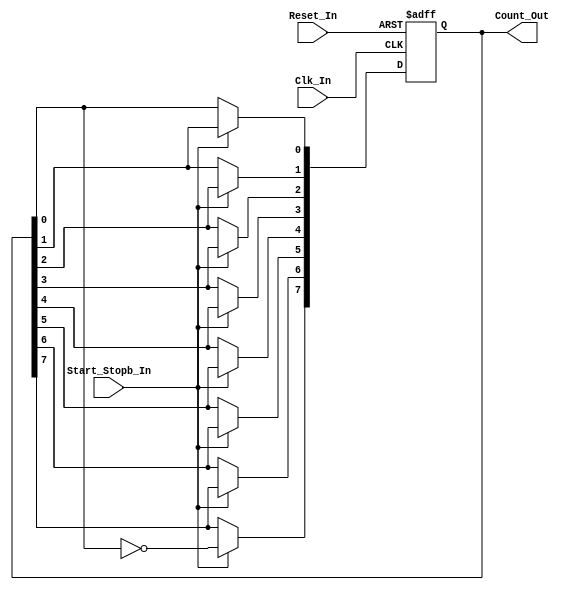
/*
Verilog Code, to implement a 8-Bit Johnson Counter.



Author : Prasad Narayan Ghatol
*/



module Johnson_Counter_8_Bit (
    input            Clk_In,
    input            Reset_In,

    input            Start_Stopb_In,
    output reg [7:0] Count_Out
);



// --------------------------------------------------
// 8-Bit Johnson Counter Logic
// --------------------------------------------------
always @ (negedge Clk_In or posedge Reset_In)
    begin
        if (Reset_In)
            begin
                Count_Out <= 8'b10000000;
            end
        else if (Start_Stopb_In)
            begin
                Count_Out[7] <= ~Count_Out[0];
                Count_Out[6] <= Count_Out[7];
                Count_Out[5] <= Count_Out[6];
                Count_Out[4] <= Count_Out[5];
                Count_Out[3] <= Count_Out[4];
                Count_Out[2] <= Count_Out[3];
                Count_Out[1] <= Count_Out[2];
                Count_Out[0] <= Count_Out[1];
            end
        else
            begin
                Count_Out <= Count_Out;
            end
    end



endmodule